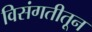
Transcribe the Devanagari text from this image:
विसंगतीतून